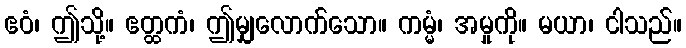
ဧဝံ၊ ဤသို့။ ဧတ္ထကံ၊ ဤမျှလောက်သော။ ကမ္မံ၊ အမှုကို။ မယာ၊ ငါသည်။